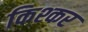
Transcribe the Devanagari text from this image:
किश्कर